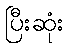
ပြီးဆုံး